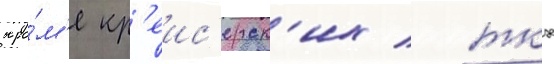
кро́м'е кр'еис'ерск'их / ткх